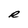
Character: R